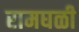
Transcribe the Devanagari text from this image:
रामघळी